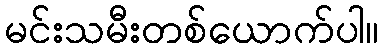
မင်းသမီးတစ်ယောက်ပါ။